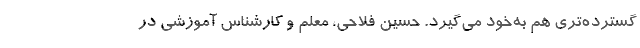
گسترده‌تری هم به‌خود می‌گیرد. حسین فلاحی، معلم و کارشناس آموزشی در